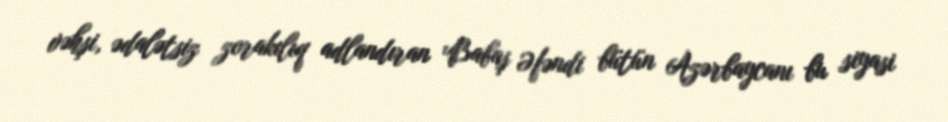
vəhşi, ədalətsiz zorakılıq adlandıran Babaş Əfəndi bütün Azərbaycanı bu siyasi